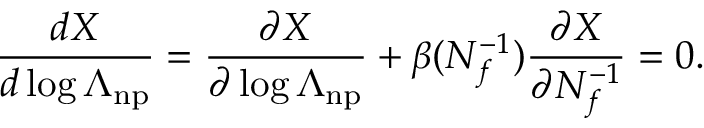
\frac { d X } { d \log \Lambda _ { \mathrm { n p } } } = \frac { \partial X } { \partial \log \Lambda _ { \mathrm { n p } } } + \beta ( N _ { f } ^ { - 1 } ) \frac { \partial X } { \partial N _ { f } ^ { - 1 } } = 0 .